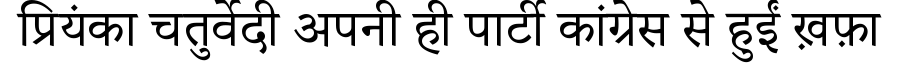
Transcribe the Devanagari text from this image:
प्रियंका चतुर्वेदी अपनी ही पार्टी कांग्रेस से हुईं ख़फ़ा